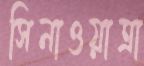
সিনাওয়াত্রা